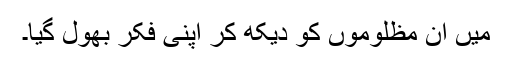
مَیں ان مظلوموں کو دیکھ کر اپنی فکر بھول گیا۔